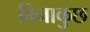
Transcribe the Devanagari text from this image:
बिनाकुछ